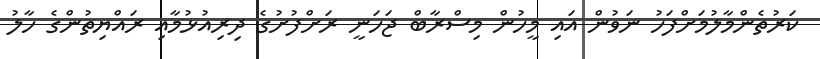
ކަރުތެންމާލުމަށްފަހު ނަވުން އައި މީހުން މިސްރާބް ޖަހަނީ ރަށްފުށުގެ ދިރިއުޅުމާއި ރައްޔިތުންގެ ހާލު